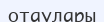
отаулары